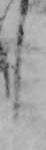
し